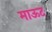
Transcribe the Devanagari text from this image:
माऊट